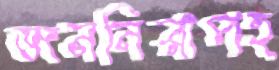
জননিরাপত্